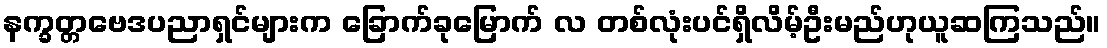
နက္ခတ္တဗေဒပညာရှင်များက ခြောက်ခုမြောက် လ တစ်လုံးပင်ရှိလိမ့်ဦးမည်ဟုယူဆကြသည်။